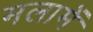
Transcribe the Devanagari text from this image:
मलामें